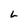
Character: L